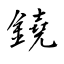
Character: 鐃